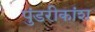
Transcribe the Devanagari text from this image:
पुंडरीकांश